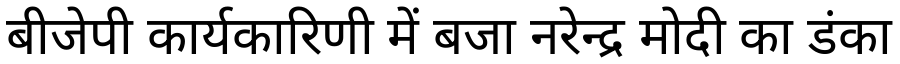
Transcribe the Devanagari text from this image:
बीजेपी कार्यकारिणी में बजा नरेन्द्र मोदी का डंका